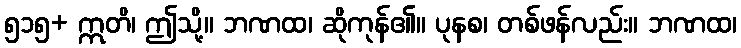
၅၁၅+ ဣတိ၊ ဤသို့။ ဘဏထ၊ ဆိုကုန်၏။ ပုနစ၊ တစ်ဖန်လည်း။ ဘဏထ၊